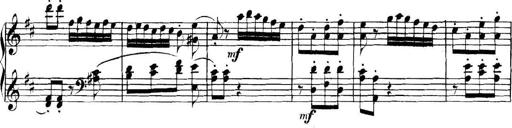
Title: Collected Piano Sonatas
Composer: Muzio Clementi